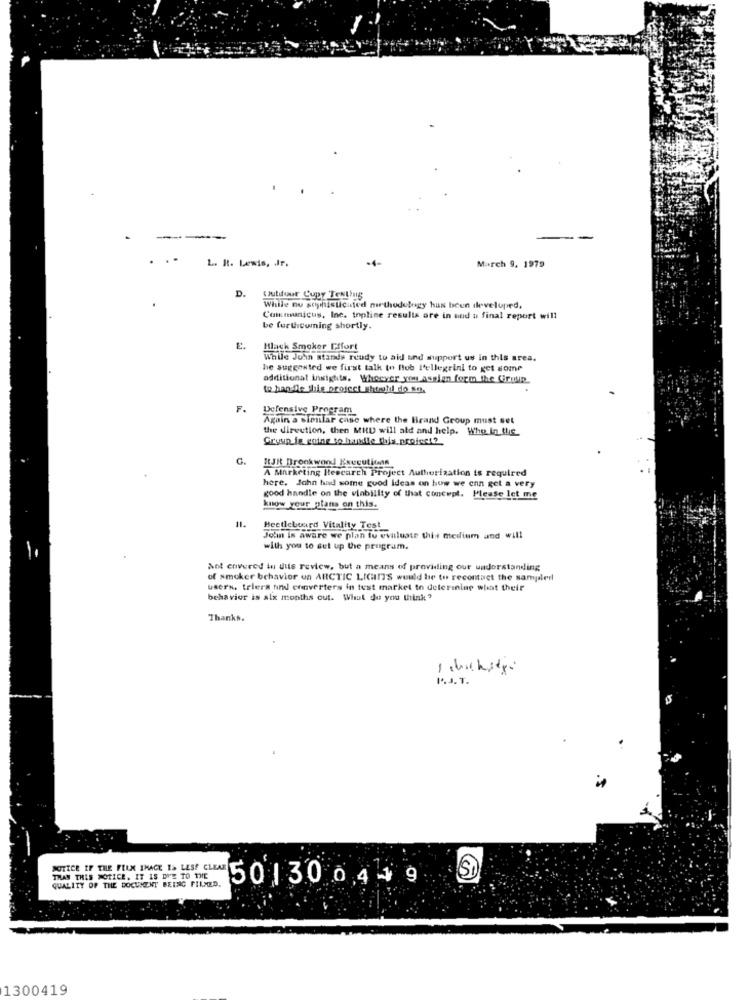
---
L. R. Lewis, Jr.
-1-
March 9, 1979
D.
Outsour Cupy Tenthuis
While no sophisticated methodology has been developed,
Communicus, Inc. topline results are in und a final report will
be forthcoming shortly.
E.
Black Smoker Effort
While Juin stands ready to aid and support us in this area.
he suggested we first talk to Bob l'ellegrini to get some
additional insights. Whoever you assign form the Group
to handle this project shield do so.
F.
Defensive Program
Again a sionlar case where the Brand Group must set
the direction, then MHD will ald and help. Whe In the
Group is going to handle this.project?
G.
RtJRt Brookwond Kxucutitans
A Marketing Itescarch Project Authorization is required
here. John had some good Ideas on how we enn get a very
good handle on the viability of that concept. Please let me
know your plans on this.
11.
Hecticboard Vitality Test
Jo'in is aware we plan to evaluate this medium and will
with you to set up the program.
Not covered in dits review, but a means of providing our understanding
of smoker behavior un ARCTIC LIGHT'S would be to recontact the samjalerl
users. trlers und converters in tust markel to delerinine what their
behavior is alx months out. What do you think?
Thanks.
NOTICE IF THE FILM IHACE I> LESS CLEAR
SI
THAN THIS NOTICE. IT IS DUE TO THE
QUALITY OF THE DOCUMENT BEING FILMED.
50130 0.44 9
1300419